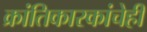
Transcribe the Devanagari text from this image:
क्रांतिकारकांचेही